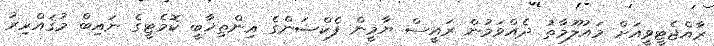
ރާއްޖެޓީވީއަށް މައުލޫމާތު ދެއްވަމުން ރައީސް ޔާމީން ފެކްޝަންގެ އިންތިޚާބީ ކޮމެޓީގެ ނައިބް މުޤައްރިރު